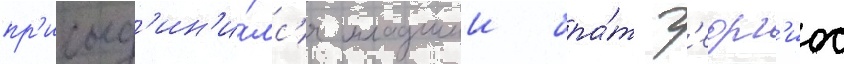
пр'исоед'ин'и́лс'я младшии бра́т г'еорг'иос